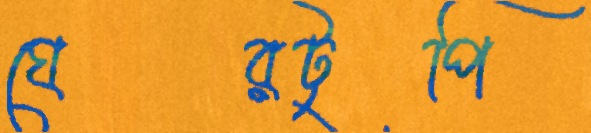
ঘেরটুপি